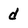
Character: d